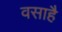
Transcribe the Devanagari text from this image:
वसाहै